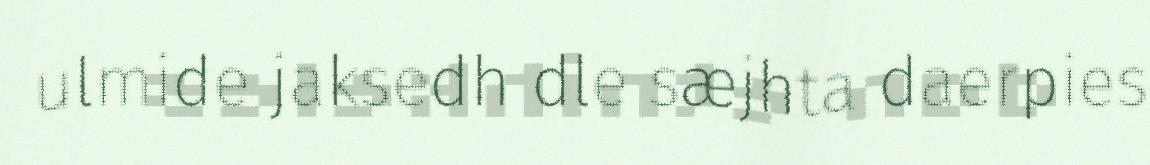
ulmide jaksedh dle sæjhta daerpies